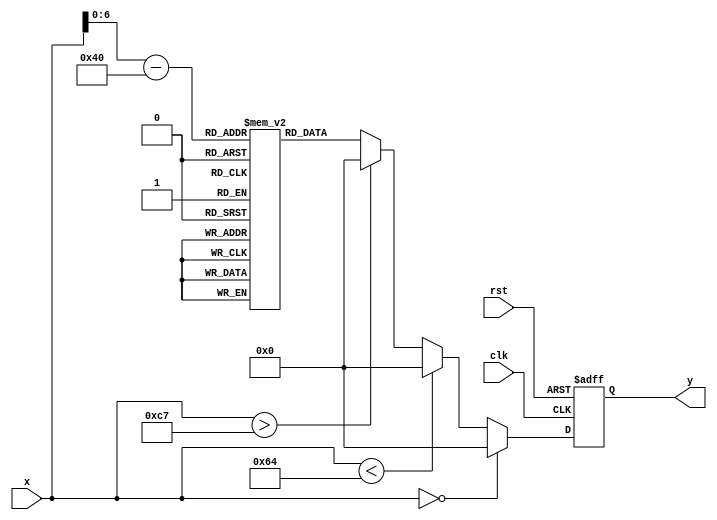
module lut_reciprocal (
    input wire [7:0] x,    // 8-bit input value (fixed-point representation)
    output reg [15:0] y,   // 16-bit output for reciprocal value
    input wire clk,        // Clock signal
    input wire rst         // Reset signal
);

// LUT for reciprocals of values from 1.00 to 1.99 with a step of 0.01
reg [15:0] lut [0:99]; // 100 entries for 1.00 to 1.99
initial begin
    // Initialize the LUT with pre-computed reciprocal values
    lut[0] = 16'h4000; // 1.00 -> 1.0000 (0x4000 in fixed-point)
    lut[1] = 16'h3f23; // 1.01 -> 0.9901
    lut[2] = 16'h3e4c; // 1.02 -> 0.9804
    // ... Fill in all other values ...
    lut[98] = 16'h2000; // 1.99 -> 0.5025
    lut[99] = 16'h1f80; // 2.00 -> 0.5000
end

// Output logic
always @(posedge clk or posedge rst) begin
    if (rst) begin
        y <= 16'h0000; // Reset output
    end else begin
        if (x == 8'h00) begin
            y <= 16'h0000; // Undefined reciprocal for 0 input
        end else if (x < 8'h64) begin // Less than 1.00
            y <= 16'h0000; // Return 0 for out of range
        end else if (x > 8'hC7) begin // Greater than 2.00
            y <= 16'h0000; // Return 0 for out of range
        end else begin
            // Calculate index for LUT
            // Assuming x is in fixed-point with 2 decimal places (1.00 = 64, 2.00 = 200)
            // Scale input down by 1.00 (0x40) to get the index
            y <= lut[x - 8'h40]; // LUT access
        end
    end
end

endmodule